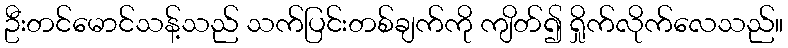
ဦးတင်မောင်သန့်သည် သက်ပြင်းတစ်ချက်ကို ကျိတ်၍ ရှိုက်လိုက်လေသည်။